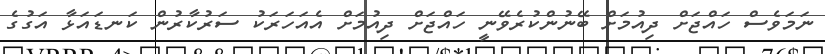
ނަމަވެސް ހައްޖަށް ދިއުމަށް ބޭނުންކުރެވޭނީ ހައްޖަށް ދިއުމަށް އެއަހަރަކު ސަރުކާރުން ކަނޑައަޅާ އަގުގެ